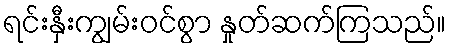
ရင်းနှီးကျွမ်းဝင်စွာ နှုတ်ဆက်ကြသည်။